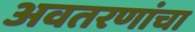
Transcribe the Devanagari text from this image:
अवतरणांचा